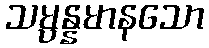
သမ္ပန္နမာနသော